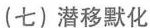
(七)潜移默化